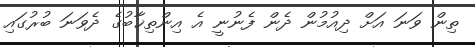
ތިން ވަނަ އަށް ދިއުމުން ދެން ފެނުނީ އެ އިންތިޚާބުގެ ދެވަނަ ބުރުގައި